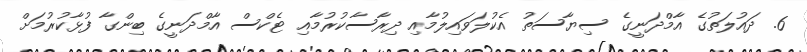
6. ދައުލަތުގެ އާމްދަނީގެ ސިޔާސަތު އެކުލަވައިލުމާއި ދިރާސާކުރުމާއި ޓެކްސް އާމްދަނީގެ ބިންގާ ފުޅާކުރުމަށް